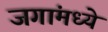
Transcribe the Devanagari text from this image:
जगांमध्ये